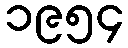
၁၉၅၄